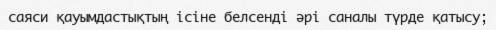
саяси қауымдастықтың ісіне белсенді әрі саналы түрде қатысу;